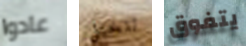
عادوا تتخيل يتفوق